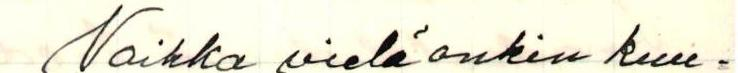
Vaikka vielä onkin kuu=